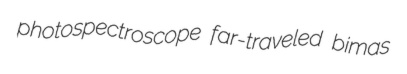
photospectroscope far-traveled bimas